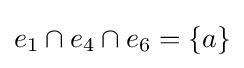
e_{1}\cap e_{4}\cap e_{6}=\lbrace a\rbrace